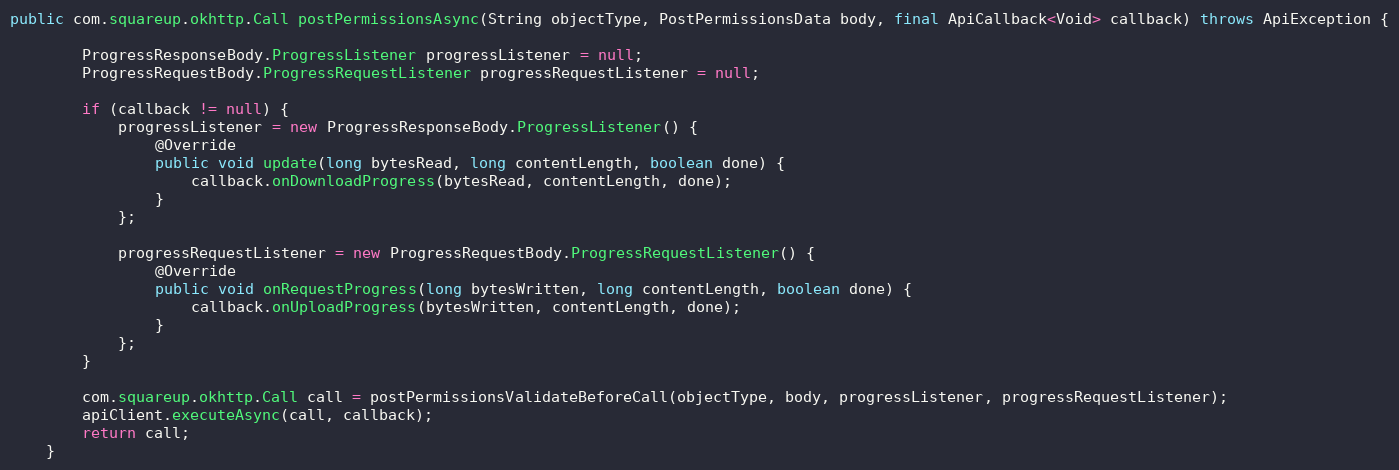
Language: Java
public com.squareup.okhttp.Call postPermissionsAsync(String objectType, PostPermissionsData body, final ApiCallback<Void> callback) throws ApiException {

        ProgressResponseBody.ProgressListener progressListener = null;
        ProgressRequestBody.ProgressRequestListener progressRequestListener = null;

        if (callback != null) {
            progressListener = new ProgressResponseBody.ProgressListener() {
                @Override
                public void update(long bytesRead, long contentLength, boolean done) {
                    callback.onDownloadProgress(bytesRead, contentLength, done);
                }
            };

            progressRequestListener = new ProgressRequestBody.ProgressRequestListener() {
                @Override
                public void onRequestProgress(long bytesWritten, long contentLength, boolean done) {
                    callback.onUploadProgress(bytesWritten, contentLength, done);
                }
            };
        }

        com.squareup.okhttp.Call call = postPermissionsValidateBeforeCall(objectType, body, progressListener, progressRequestListener);
        apiClient.executeAsync(call, callback);
        return call;
    }